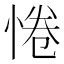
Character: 惓